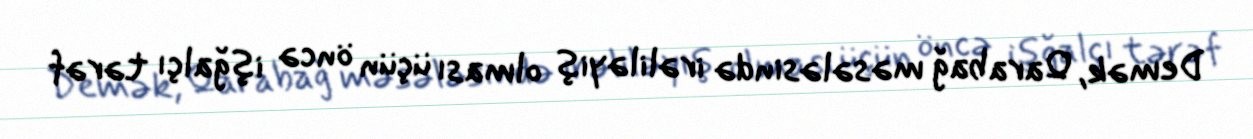
Demək, Qarabağ məsələsində irəliləyiş olması üçün öncə işğalçı tərəf